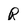
Character: r